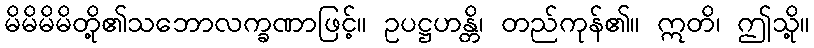
မိမိမိမိတို့၏သဘောလက္ခဏာဖြင့်။ ဥပဋ္ဌဟန္တိ၊ တည်ကုန်၏။ ဣတိ၊ ဤသို့။